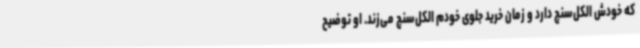
که خودش الکل‌سنج دارد و زمان خرید جلوی خودم الکل‌سنج می‌زند. او توضیح